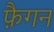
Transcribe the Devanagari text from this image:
फ़ैगन